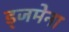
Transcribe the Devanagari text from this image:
ड्जमेना